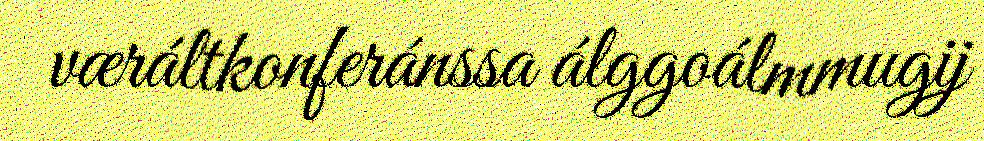
væráltkonferánssa álggoálmmugij